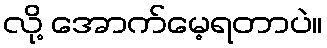
လို့ အောက်မေ့ရတာပဲ။